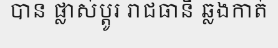
បាន ផ្លាស់ប្តូរ រាជធានី ឆ្លងកាត់